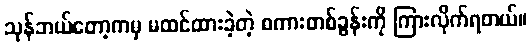
သုန်ဘယ်တော့ကမှ မထင်ထားခဲ့တဲ့ စကားတစ်ခွန်းကို ကြားလိုက်ရတယ်။